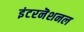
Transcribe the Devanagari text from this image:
इंटरनॆशनल